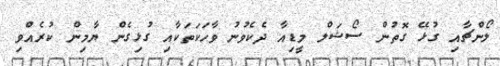
ލޯންޗާއި ގުޅޭ ގޮތުން ސޯޝަލް މީޑިއާ ދެކެވުނު ވާހަކަތަކާއި ގުޅިގެން ޔާމިން ކުރެއްވި